Report of the Indian Hemp Drugs Commission, 1894-1895 - Volume V
Year: 1894
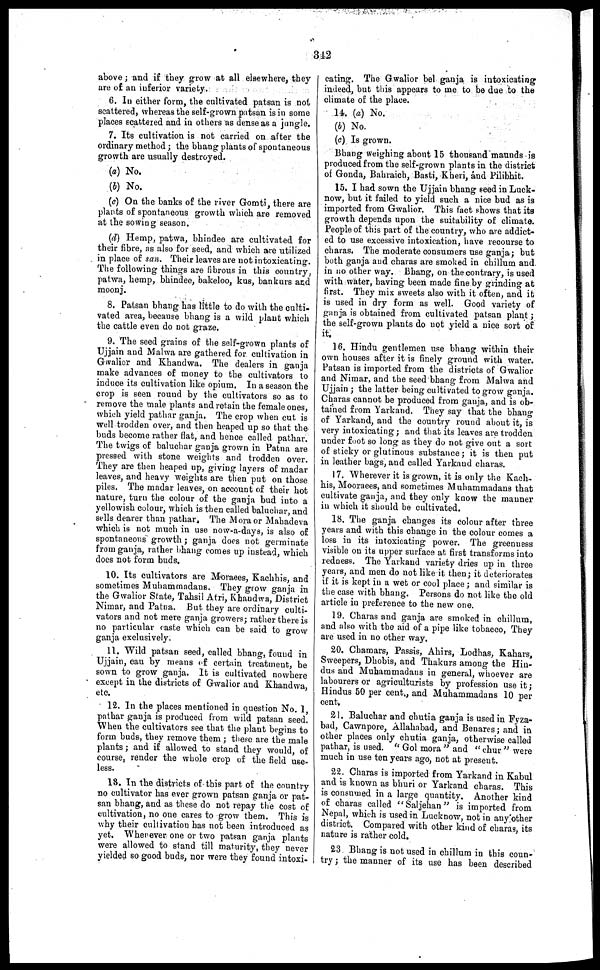
342
above ; and if they grow at all elsewhere, they
are of an inferior variety.
6. In either form, the cultivated patsan is not
scattered, whereas the self-grown patsan is in some
places scattered and in others as dense as a jungle.
7. Its cultivation is not carried on after the
ordinary method ; the bhang plants of spontaneous
growth are usually destroyed.
(a) No.
(b) No.
(c) On the banks of the river Gomti, there are
plants of spontaneous growth which are removed
at the sowing season.
(d) Hemp, patwa, bhindee are cultivated for
their fibre, as also for seed, and which are utilized
in place of san. Their leaves are not intoxicating.
The following things are fibrous in this country,
patwa, hemp, bhindee, bakeloo, kus, bankurs and
moonj.
8. Patsan bhang has little to do with the culti-
vated area, because bhang is a wild plant which
the cattle even do not graze.
9. The seed grains of the self-grown plants of
Ujjain and Malwa are gathered for cultivation in
Gwalior and Khandwa. The dealers in ganja
make advances of money to the cultivators to
induce its cultivation like opium. In a season the
crop is seen round by the cultivators so as to
remove the male plants and retain the female ones,
which yield pathar ganja. The crop when cut is
well trodden over, and then heaped up so that the
buds become rather flat, and hence called pathar.
The twigs of baluchar ganja grown in Patna are
pressed with stone weights and trodden over.
They are then heaped up, giving layers of madar
leaves, and heavy weights are then put on those
piles. The madar leaves, on account of their hot
nature, turn the colour of the ganja bud into a
yellowish colour, which is then called baluchar, and
sells dearer than pathar. The Mora or Mahadeva
which is not much in use now-a-days, is also of
spontaneous growth ; ganja does not germinate
from ganja, rather bhang comes up instead, which
does not form buds.
10. Its cultivators are Moraees, Kachhis, and
sometimes Muhammadans. They grow ganja in
the Gwalior State, Tahsil Atri, Khandwa, District
Nimar, and Patna. But they are ordinary culti-
vators and not mere ganja growers; rather there is
no particular caste which can be said to grow
ganja exclusively.
11. Wild patsan seed, called bhang, found in
Ujjain, can by means of certain treatment, be
sown to grow ganja. It is cultivated nowhere
except in the districts of Gwalior and Khandwa,
etc.
12. In the places mentioned in question No. 1,
pathar ganja is produced from wild patsan seed.
When the cultivators see that the plant begins to
form buds, they remove them ; these are the male
plants ; and if allowed to stand they would, of
course, render the whole crop of the field use-
less.
18. In the districts of this part of the country
no cultivator has ever grown patsan ganja or pat-
san bhang, and as these do not repay the cost of
cultivation, no one cares to grow them. This is
why their cultivation has not been introduced as
yet. Whenever one or two patsan ganja plants
were allowed to stand till maturity, they never
yielded so good buds, nor were they found intoxi-
cating. The Gwalior bel ganja is intoxicating
indeed, but this appears to me to be due to the
climate of the place.
14. (a) No.
(b) No.
(c) Is grown.
Bhang weighing about 15 thousand maunds is
produced from the self-grown plants in the district
of Gonda, Bahraich, Basti, Kheri, and Pilibhit.
15. I had sown the Ujjain bhang seed in Luck-
now, but it failed to yield such a nice bud as is
imported from Gwalior. This fact shows that its
growth depends upon the suitability of climate.
People of this part of the country, who are addict-
ed to use excessive intoxication, have recourse to
charas. The moderate consumers use ganja ; but
both ganja and charas are smoked in chillum and.
in no other way. Bhang, on the contrary, is used
with water, having been made fine by grinding at
first. They mix sweets also with it often, and it
is used in dry form as well. Good variety of
ganja is obtained from cultivated patsan plant ;
the self-grown plants do not yield a nice sort of
it.
16. Hindu gentlemen use bhang within their
own houses after it is finely ground with water.
Patsan is imported from the districts of Gwalior
and Nimar. and the seed bhang from Malwa and
Ujjain ; the latter being cultivated to grow ganja.
Charas cannot be produced from ganja, and is ob-
tained from Yarkand. They say that the bhang
of Yarkand, and the country round about it, is
very intoxicating ; and that its leaves are trodden
under foot so long as they do not give out a sort
of sticky or glutinous substance; it is then put
in leather bags, and called Yarkand charas.
17.
Wherever it is grown, it is only the Kach-
his, Mooraees, and sometimes Muhammadans that
cultivate ganja, and they only know the manner
in which it should be cultivated.
18. The ganja changes its colour after three
years and with this change in the colour comes a
loss in its intoxicating power. The greenness
visible on its upper surface at first transforms into
redness. The Yarkand variety dries up in three
years, and men do not like it then; it deteriorates
if it is kept in a wet or cool place ; and similar is
the case with bhang. Persons do not like the old
article in preference to the new one.
19. Charas and ganja are smoked in chillum,
and also with the aid of a pipe like tobacco, They
are used in no other way.
20. Chamars, Passis, Ahirs, Lodhas, Kahars,
Sweepers, Dhobis, and Thakurs among the Hin-
dus and Muhammadans in general, whoever are
labourers or agriculturists by profession use it ;
Hindus 50 per cent., and Muhammadans 10 per
cent.
21. Baluchar and chutia ganja is used in Fyza-
bad, Cawnpore, Allahabad, and Benares ; and in
other places only chutia ganja, otherwise called
pathar, is used. "Gol mora" and "chur" were
much in use ten years ago, not at present.
22. Charas is imported from Yarkand in Kabul
and is known as bhuri or Yarkand charas. This
is consumed in a large quantity. Another kind
of charas called "Saljehan" is imported from
Nepal, which is used in Lucknow, not in any other
district. Compared with other kind of charas, its
nature is rather cold.
23 Bhang is not used in chillum in this coun-
try ; the manner of its use has been described